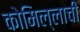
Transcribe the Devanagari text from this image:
कोमिल्लाची